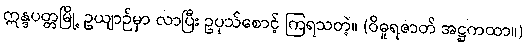
ဣန္ဒပတ္တမြို့ ဥယျာဉ်မှာ လာပြီး ဥပုသ်စောင့် ကြရသတဲ့။ (ဝိဓူရဇာတ် အဋ္ဌကထာ။)